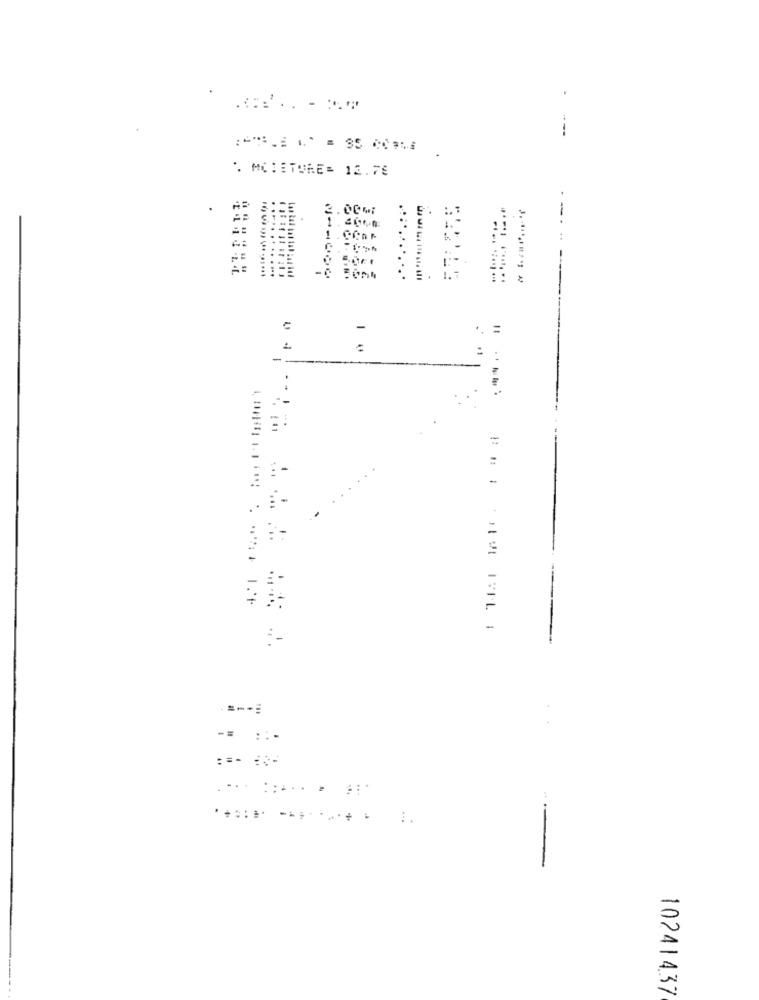
" MOISTURE= 12.79
-= ::-
.... ..... . ...
**::.. ........ . ..
10241437